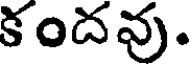
కందవు.